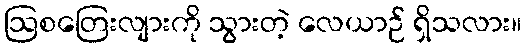
ဩစတြေးလျားကို သွားတဲ့ လေယာဉ် ရှိသလား။